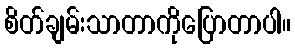
စိတ်ချမ်းသာတာကိုပြောတာပါ။